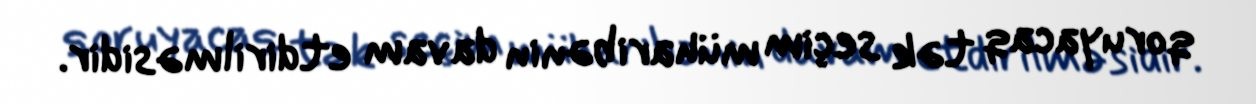
qoruyacaq tək seçim müharibənin davam etdirilməsidir.